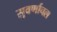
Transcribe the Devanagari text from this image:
सुवर्णाचल